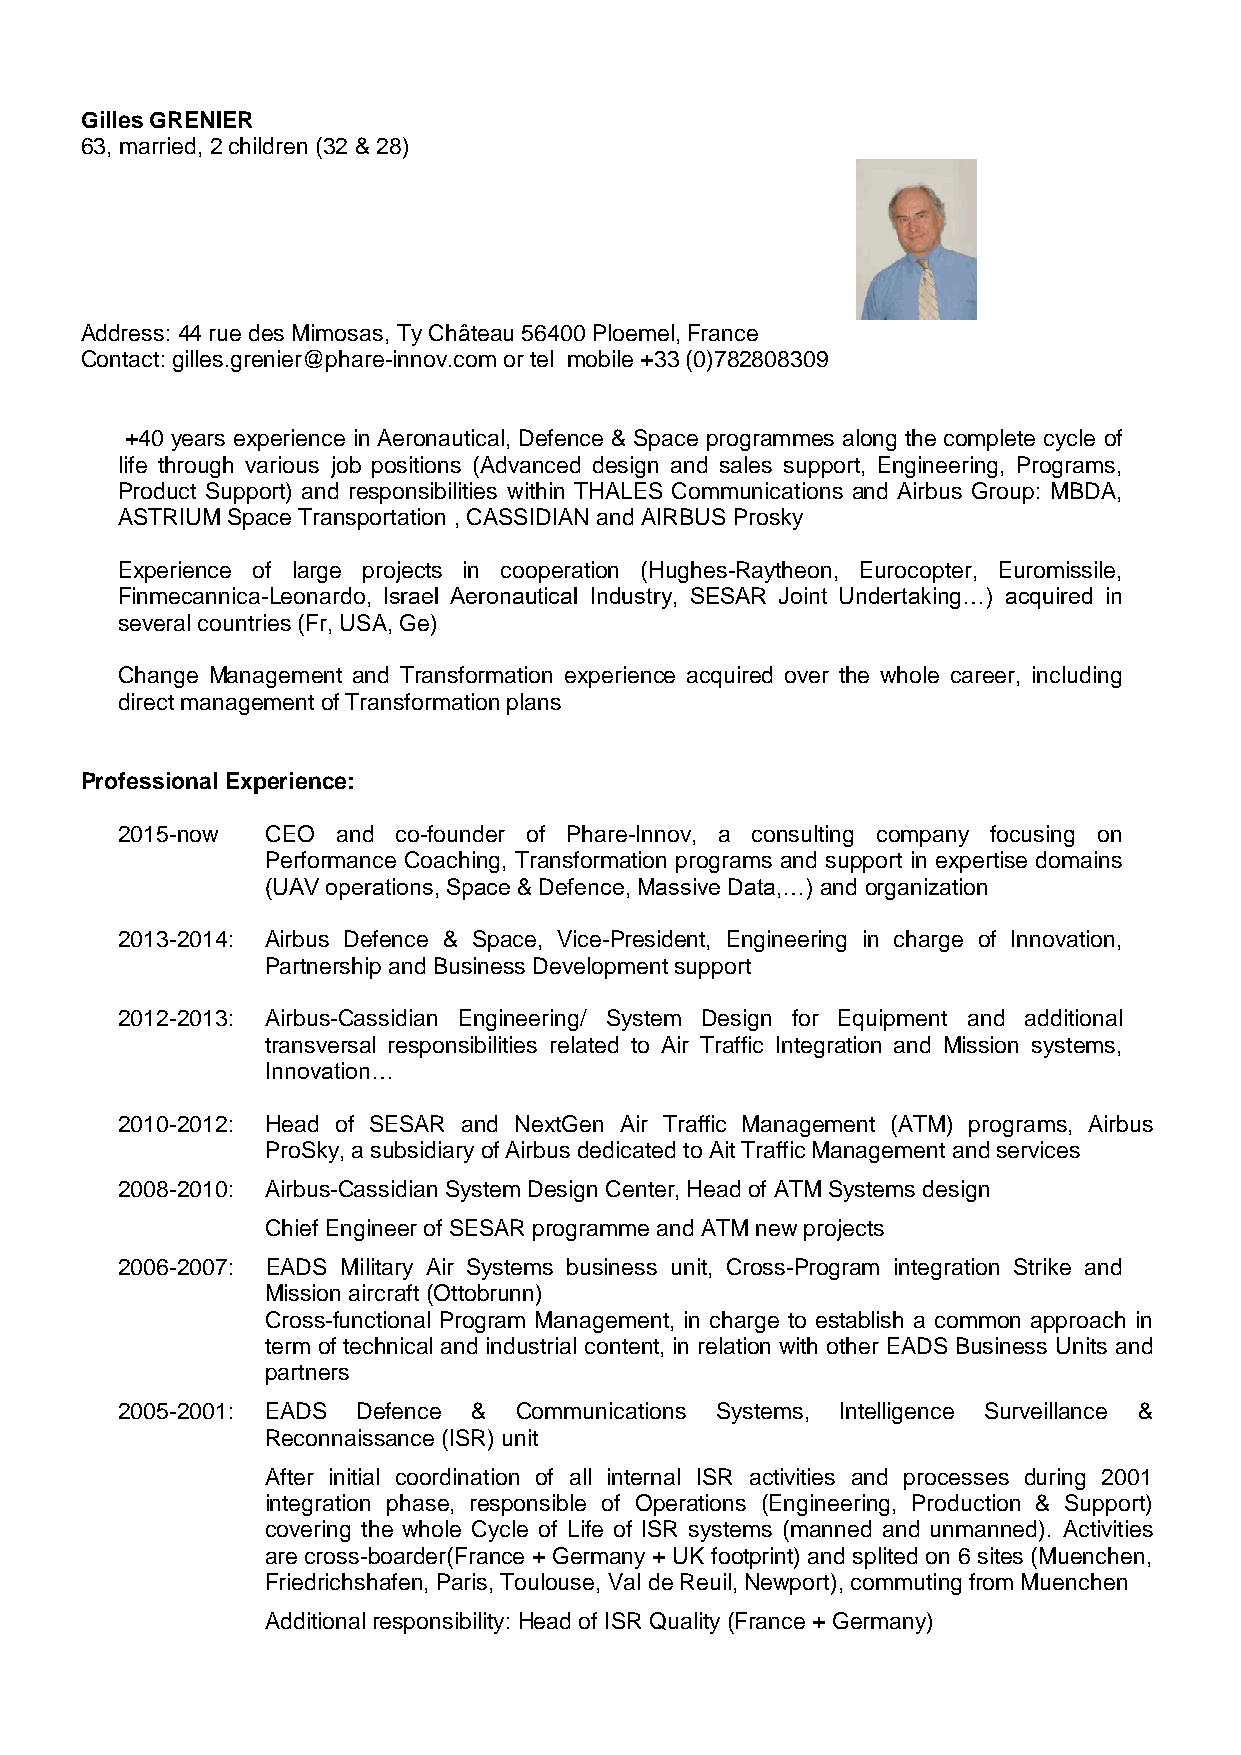
Gilles GRENIER
 63, married, 2 children (32 & 28)
 Address: 44 rue des Mimosas, Ty Château 56400 Ploemel, France
 Contact: gilles.grenier@phare-innov.com or tel mobile +33 (0)782808309
 +40 years experience in Aeronautical, Defence & Space programmes along the complete cycle of
 life through various job positions (Advanced design and sales support, Engineering, Programs,
 Product Support) and responsibilities within THALES Communications and Airbus Group: MBDA,
 ASTRIUM Space Transportation , CASSIDIAN and AIRBUS Prosky
 Experience of large projects in cooperation (Hughes-Raytheon, Eurocopter, Euromissile,
 Finmecannica-Leonardo, Israel Aeronautical Industry, SESAR Joint Undertaking…) acquired in
 several countries (Fr, USA, Ge)
 Change Management and Transformation experience acquired over the whole career, including
 direct management of Transformation plans
 Professional Experience:
 2015-now  CEO and co-founder of Phare-Innov, a consulting company focusing on
 Performance Coaching, Transformation programs and support in expertise domains
 (UAV operations, Space & Defence, Massive Data,…) and organization
 2013-2014: Airbus Defence & Space, Vice-President, Engineering in charge of Innovation,
 Partnership and Business Development support
 2012-2013: Airbus-Cassidian Engineering/ System Design for Equipment and additional
 transversal responsibilities related to Air Traffic Integration and Mission systems,
 Innovation…
 2010-2012: Head of SESAR and NextGen Air Traffic Management (ATM) programs, Airbus
 ProSky, a subsidiary of Airbus dedicated to Ait Traffic Management and services
 2008-2010: Airbus-Cassidian System Design Center, Head of ATM Systems design
 Chief Engineer of SESAR programme and ATM new projects
 2006-2007: EADS Military Air Systems business unit, Cross-Program integration Strike and
 Mission aircraft (Ottobrunn)
 Cross-functional Program Management, in charge to establish a common approach in
 term of technical and industrial content, in relation with other EADS Business Units and
 partners
 2005-2001: EADS Defence & Communications Systems, Intelligence Surveillance &
 Reconnaissance (ISR) unit
 After initial coordination of all internal ISR activities and processes during 2001
 integration phase, responsible of Operations (Engineering, Production & Support)
 covering the whole Cycle of Life of ISR systems (manned and unmanned). Activities
 are cross-boarder(France + Germany + UK footprint) and splited on 6 sites (Muenchen,
 Friedrichshafen, Paris, Toulouse, Val de Reuil, Newport), commuting from Muenchen
 Additional responsibility: Head of ISR Quality (France + Germany)